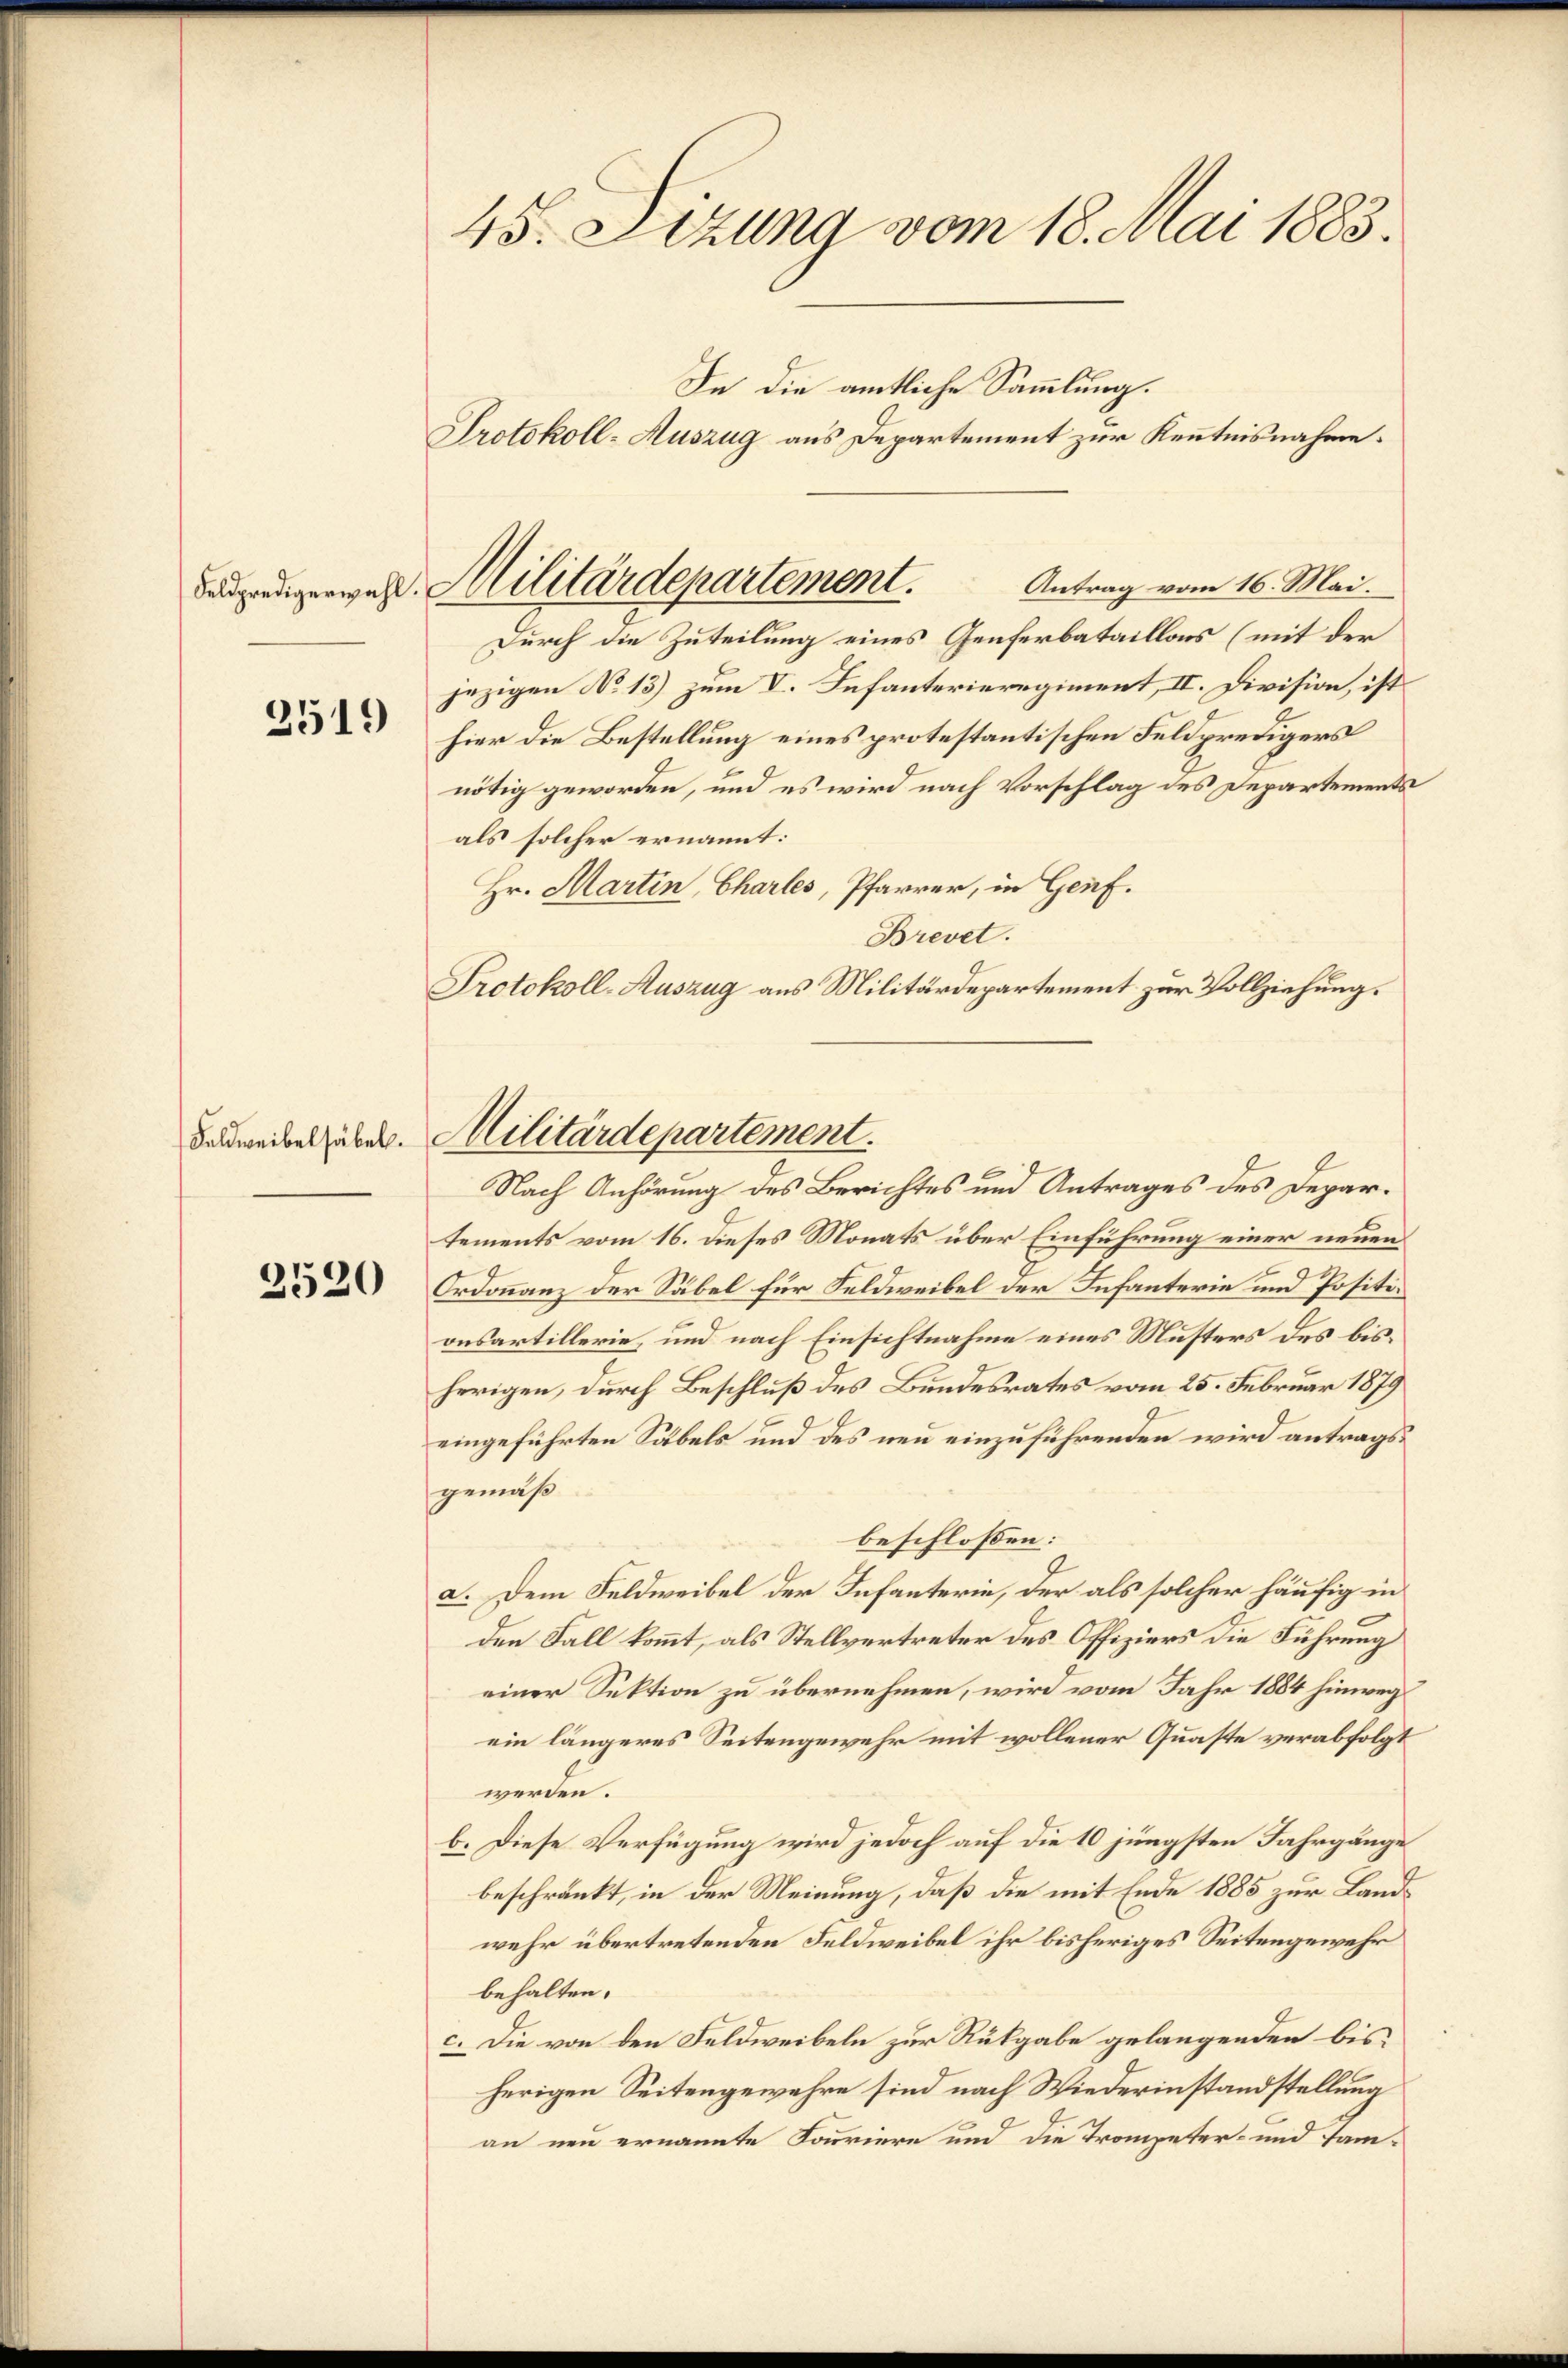
2519

2520

45. Sizung vom 18. Mai 1883.
In die amtliche Sammlung.

Protokoll-Auszug aus Departement zur Kenntnisnahme.
Bependigerweht. Militärdepartement.

Antrag vom 16. Mai.
Durch die Zuteilung eines Genferbataillons (mit der
jezigen No 13) zum V. Infanterieregiment, II. Division, ist
hier die Bestellung eines protestantischen Feldpredigers
nötig geworden, und es wird nach Vorschlag des Departements
als solcher ernannt:
Hr. Martin, Chartes, Pfarrer, in Genf.
Brevet.
Protokoll-Auszug aus Militärdepartement zur Vollziehung.

Beudweibel habe. Militärdepartement.
Nach Anhörung des Berichtes und Antrages des Depar¬

tements vom 16. dieses Monats über Einführung einer neuen
Ordonnanz der Säbel für Feldweibel der Infanterie und Positionsartillerie, und nach Einsichtnahme eines Musters des bisherigen, durch Beschluß des Bundesrates vom 25. Februar 1879
eingeführten Säbels und des neu einzuführenden wird antragsgemäß
beschlossen:
a. Dem Feldweibel der Infanterie, der als solcher häufig in
den Fall kommt, als Stellvertreter des Offiziers die Führung
einer Sektion zu übernehmen, wird vom Jahr 1884 hinweg
ein längeres Seitengewehr mit wollener Quaste verabfolgt
werden.
b. Diese Verfügung wird jedoch auf die 10 jüngsten Fahrgänge
beschränkt, in der Meinung, daß die mit Ende 1885 zur Landwehr übertretenden Feldweibel ihr bisheriges Seitengewehr
behalten.
c. Die von den Feldweibeln zur Rükgabe gelangenden bis
herigen Seitengewahre sind nach Wiederinstandstellung
an neu ernannte Fouriere und die Trompeter- und sam-